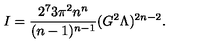
I = \frac { 2 ^ { 7 } 3 \pi ^ { 2 } n ^ { n } } { ( n - 1 ) ^ { n - 1 } } ( G ^ { 2 } \Lambda ) ^ { 2 n - 2 } .